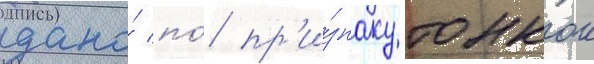
дано́ по́ пр'и́знаку тонкои